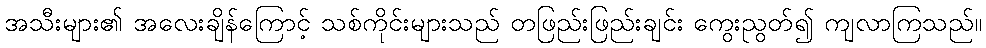
အသီးများ၏ အလေးချိန်ကြောင့် သစ်ကိုင်းများသည် တဖြည်းဖြည်းချင်း ကွေးညွတ်၍ ကျလာကြသည်။